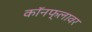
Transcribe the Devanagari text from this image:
कॉनफ्लावर